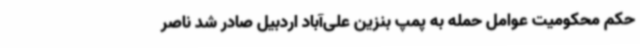
حکم محکومیت عوامل حمله به پمپ بنزین علی‌آباد اردبیل صادر شد ناصر